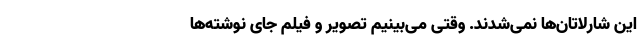
این شارلاتان‌ها نمی‌شدند. وقتی می‌بینیم تصویر و فیلم جای نوشته‌ها